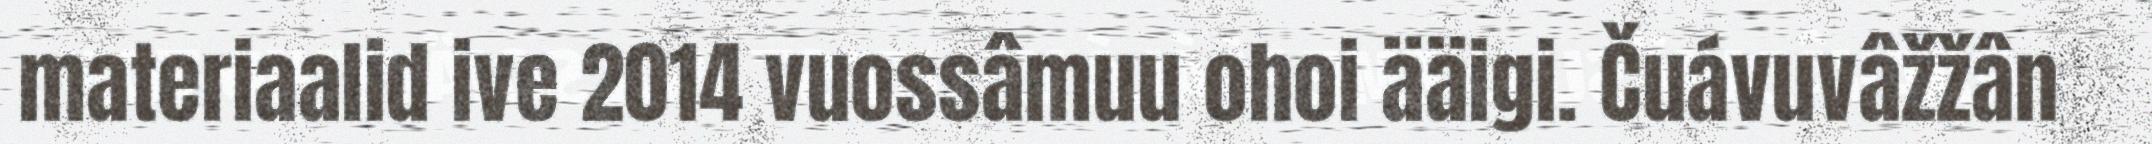
materiaalid ive 2014 vuossâmuu ohoi ääigi. Čuávuvâžžân